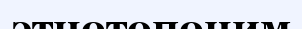
этнотопоним